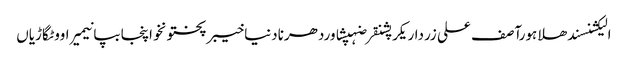
الیکشنسندھلاہورآصف علی زرداریکرپشنقرضہپشاوردھرنادنیاخیبرپختونخواپنجابپانیمیراووٹگاڑیاں